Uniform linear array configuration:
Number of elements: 8
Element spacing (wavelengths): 0.25
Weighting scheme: hann
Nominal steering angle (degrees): -45
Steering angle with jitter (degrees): -45.556
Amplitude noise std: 0.05
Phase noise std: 0.05

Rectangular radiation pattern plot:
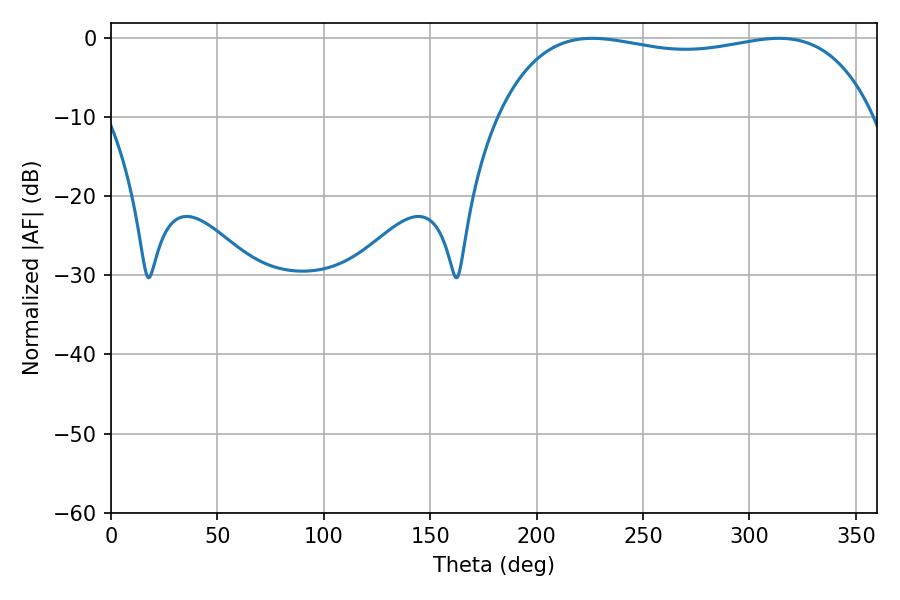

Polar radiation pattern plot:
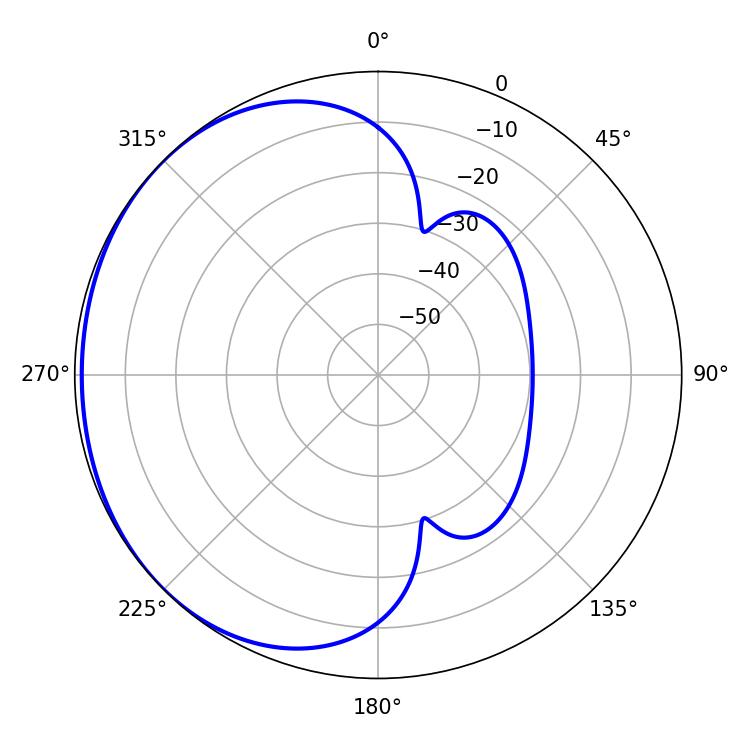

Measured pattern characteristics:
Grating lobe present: FALSE
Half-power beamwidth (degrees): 142.56
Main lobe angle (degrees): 226.08